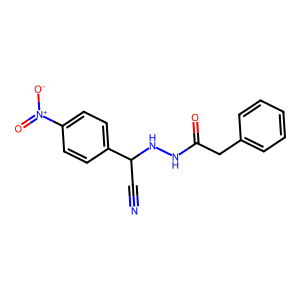
SMILES: N#CC(NNC(=O)Cc1ccccc1)c1ccc([N+](=O)[O-])cc1
Inhibits HIV replication: No